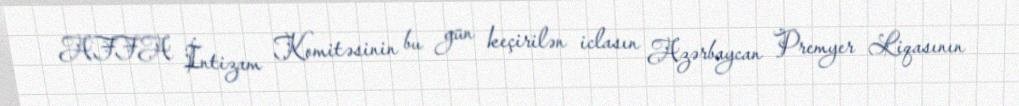
AFFA İntizam Komitəsinin bu gün keçirilən iclasın Azərbaycan Premyer Liqasının